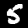
Digit: 5